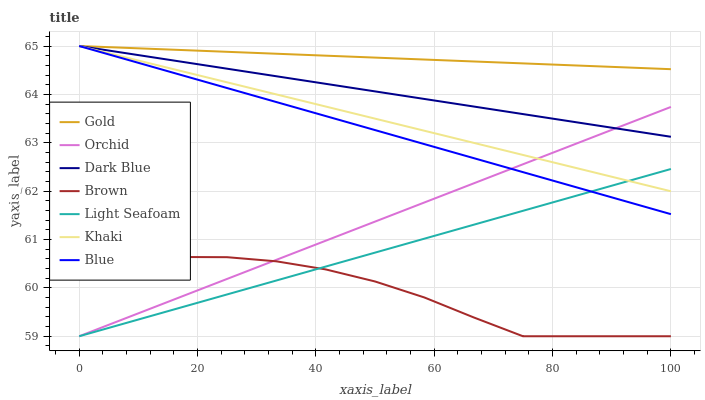
| xaxis_label | Gold | Orchid | Dark Blue | Brown | Light Seafoam | Khaki | Blue |
 | --- | --- | --- | --- | --- | --- | --- | --- |
 | 0 | 65 | 59 | 65 | 60.4 | 59 | 65 | 65 |
 | 8.33 | 65 | 59.4 | 64.8 | 60.6 | 59.3 | 64.7 | 64.7 |
 | 16.7 | 64.9 | 59.8 | 64.7 | 60.6 | 59.6 | 64.5 | 64.4 |
 | 25 | 64.9 | 60.2 | 64.5 | 60.6 | 59.9 | 64.2 | 64.1 |
 | 33.3 | 64.8 | 60.6 | 64.4 | 60.5 | 60.2 | 64 | 63.8 |
 | 41.7 | 64.8 | 61 | 64.2 | 60.4 | 60.4 | 63.7 | 63.6 |
 | 50 | 64.8 | 61.4 | 64.1 | 60.1 | 60.7 | 63.5 | 63.3 |
 | 58.3 | 64.7 | 61.8 | 63.9 | 59.8 | 61 | 63.2 | 63 |
 | 66.7 | 64.7 | 62.2 | 63.7 | 59.4 | 61.3 | 63 | 62.7 |
 | 75 | 64.6 | 62.6 | 63.6 | 59 | 61.6 | 62.7 | 62.4 |
 | 83.3 | 64.6 | 63 | 63.4 | 59 | 61.9 | 62.5 | 62.1 |
 | 91.7 | 64.6 | 63.3 | 63.3 | 59 | 62.2 | 62.2 | 61.8 |
 | 100 | 64.5 | 63.7 | 63.1 | 59 | 62.5 | 62 | 61.5 |